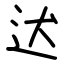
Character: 迖